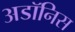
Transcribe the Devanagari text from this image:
अडॉनिस